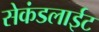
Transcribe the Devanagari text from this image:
सेकंडलाईट